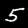
Label: 5